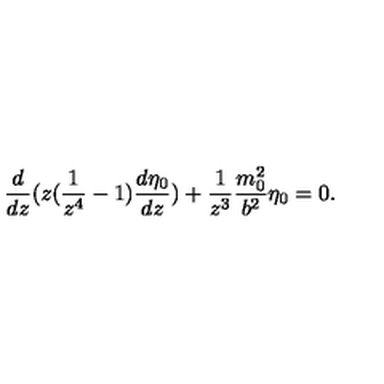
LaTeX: \frac { d } { d z } ( z ( \frac { 1 } { z ^ { 4 } } - 1 ) \frac { d \eta _ { 0 } } { d z } ) + \frac { 1 } { z ^ { 3 } } \frac { m _ { 0 } ^ { 2 } } { b ^ { 2 } } \eta _ { 0 } = 0 .